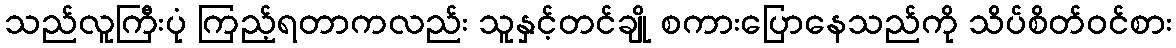
သည်လူကြီးပုံ ကြည့်ရတာကလည်း သူနှင့်တင်ချို စကားပြောနေသည်ကို သိပ်စိတ်ဝင်စား